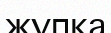
жұпқа